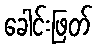
ခေါင်းဖြတ်